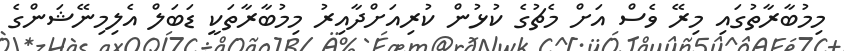
މިމުބާރާތުގައި މިރޭ ވެސް އަށް މެޗުގެ ކުޅުން ކުރިއަށްދާއިރު މިމުބާރާތަކީ ޑަބަލް އެލިމިނޭޝަންގެ